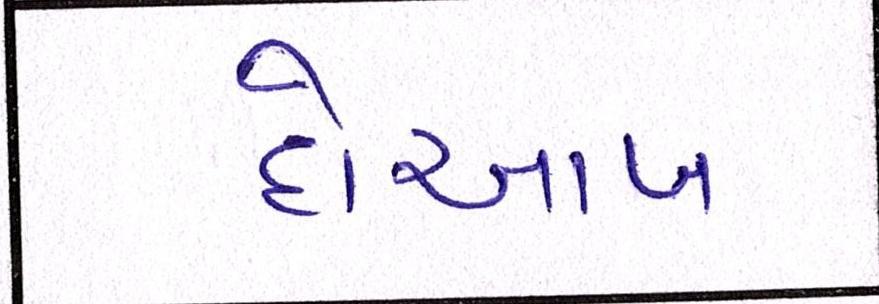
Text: દોઆબ